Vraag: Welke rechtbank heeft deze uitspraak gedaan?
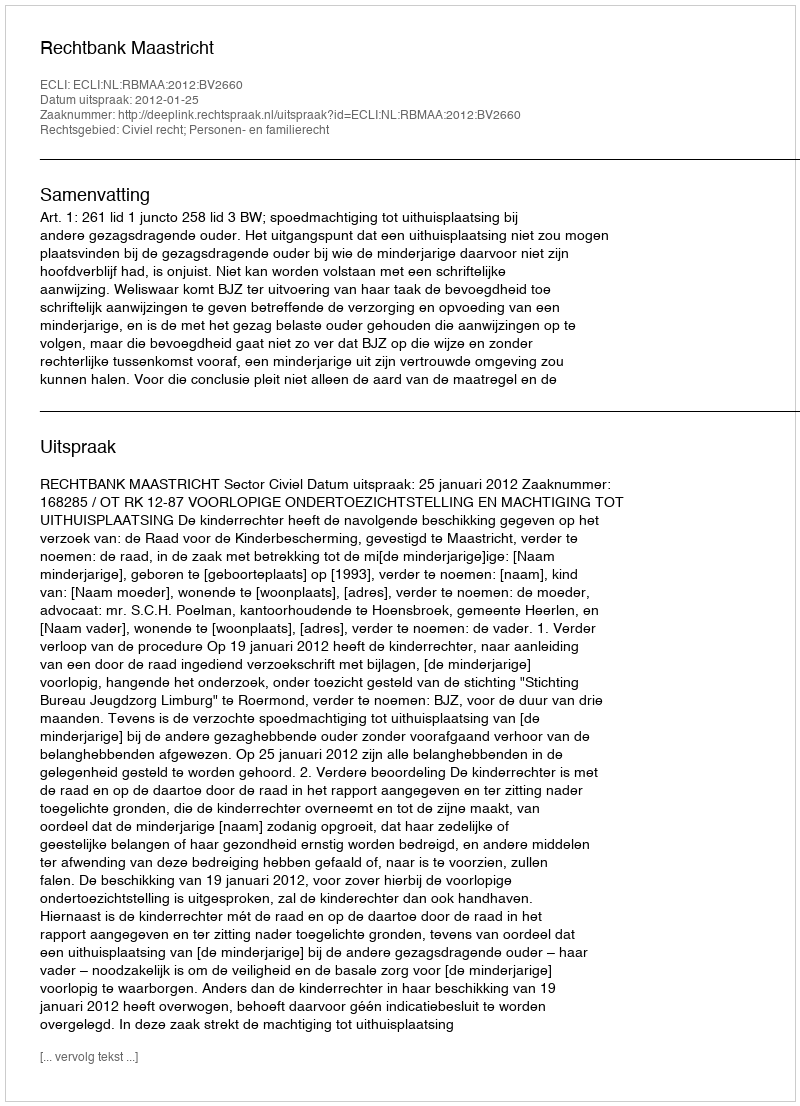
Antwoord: Rechtbank Maastricht